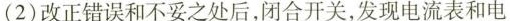
(2)改正错误和不妥之处后，闭合开关，发现电流表和电